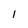
Character: l